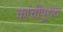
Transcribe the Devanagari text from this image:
कांचीपुरात